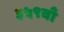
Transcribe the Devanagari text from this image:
३५९वाँ